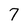
Character: 7